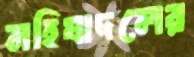
মহিষাদলের